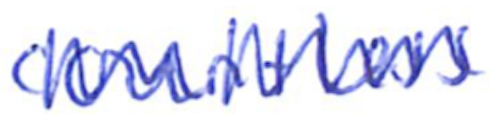
Text: countless
Cross-out: zig-zag
Writing tool: ballpoint